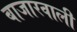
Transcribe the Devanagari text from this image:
बाजारवाली